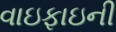
વાઇફાઇની